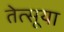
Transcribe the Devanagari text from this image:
तेत्सूया